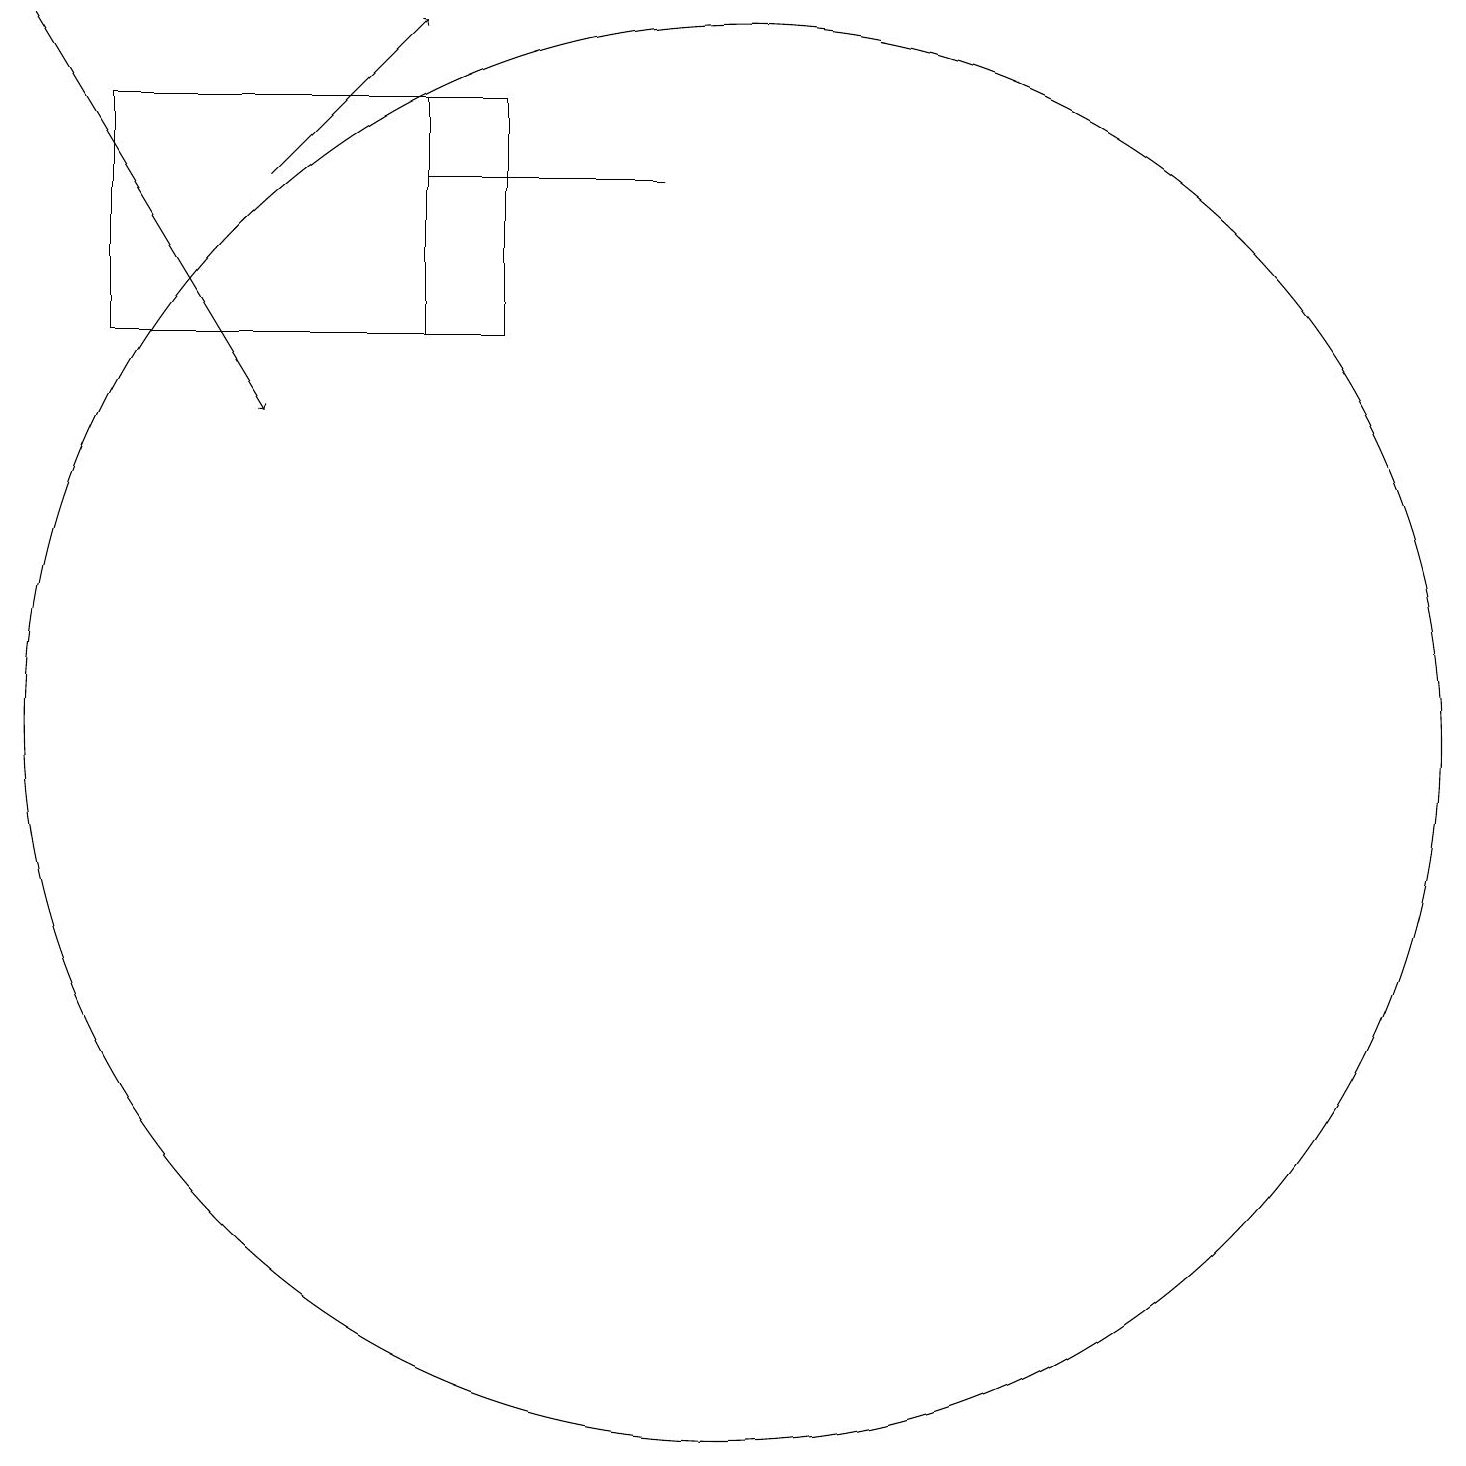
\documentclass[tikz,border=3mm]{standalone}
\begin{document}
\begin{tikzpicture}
\draw[->] (4,17) -- (6,19);
\draw (10,10) circle (9);
\draw (6,15) rectangle (2,18);
\draw (7,18) rectangle (2,15);
\draw (7,17) rectangle (9,17);
\draw[->] (1,19) -- (4,14);
\draw (6,17) rectangle (7,17);
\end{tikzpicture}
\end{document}